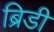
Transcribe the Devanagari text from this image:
ब्रिडी